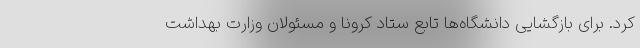
کرد. برای بازگشایی دانشگاه‌ها تابع ستاد کرونا و مسئولان وزارت بهداشت